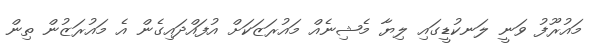
މައުރޫފު ވަނީ ލަނކުޑީގައި ލިޔާ މެޝިނެއް މައުރަޒަކަށް އުފައްދައިގެން އެ މައުރަޒުން ތިން